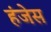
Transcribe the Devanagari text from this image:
हंजेस